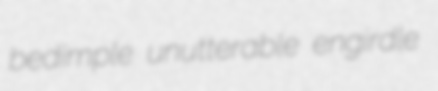
bedimple unutterable engirdle